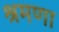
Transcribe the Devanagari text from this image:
श्रमणा